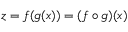
z = f ( g ( x ) ) = ( f \circ g ) ( x )